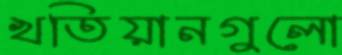
খতিয়ানগুলো